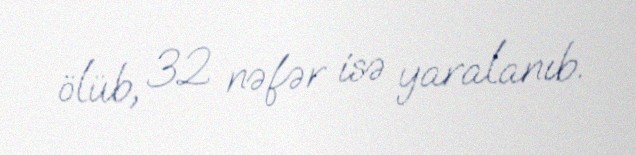
ölüb, 32 nəfər isə yaralanıb.